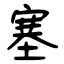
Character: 塞